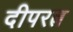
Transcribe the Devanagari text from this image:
दीपरत्न